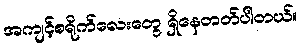
အကျင့်စရိုက်လေးတွေ ရှိနေတတ်ပါတယ်။